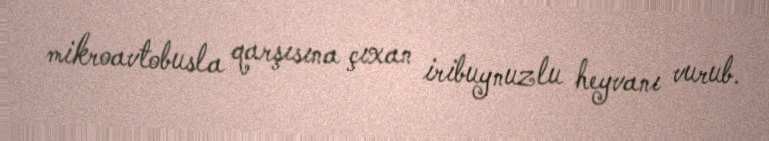
mikroavtobusla qarşısına çıxan iribuynuzlu heyvanı vurub.